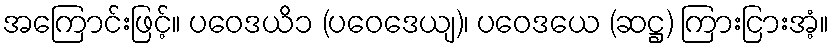
အကြောင်းဖြင့်။ ပဝေဒယိ၁ (ပဝေဒေယျ)၊ ပဝေဒယေ (ဆဋ္ဌ) ကြားငြားအံ့။